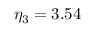
\eta _ { 3 } = 3 . 5 4